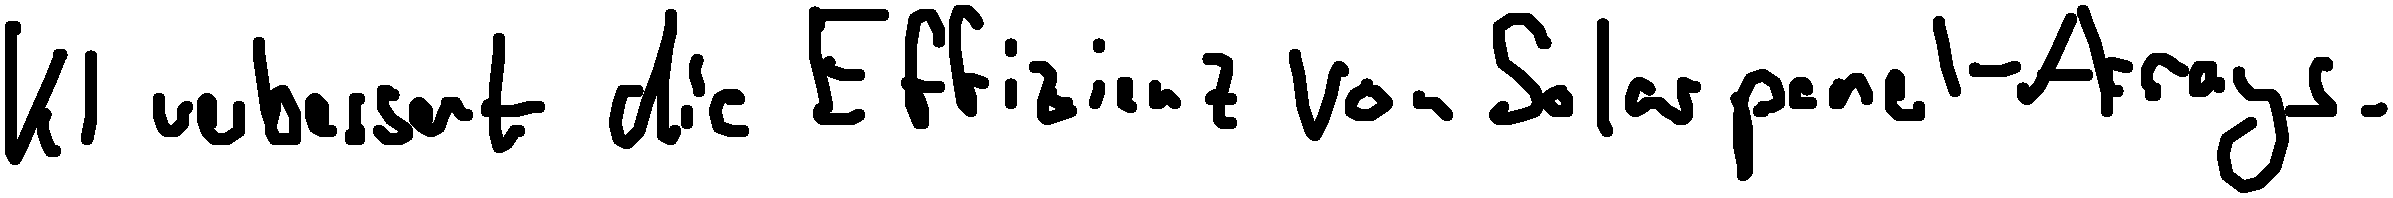
KI verbessert die Effizienz von Solarpanel-Arrays.